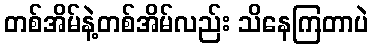
တစ်အိမ်နဲ့တစ်အိမ်လည်း သိနေကြတာပဲ